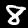
Digit: 8